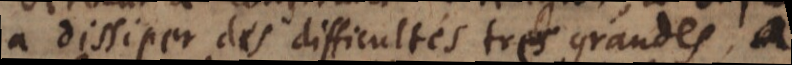
à dissiper des difficultés tres grandes, à